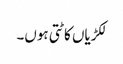
لکڑیاں کاٹتی ہوں۔